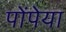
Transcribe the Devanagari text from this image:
पोंपेया